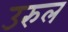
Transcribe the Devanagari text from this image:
उरुल